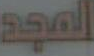
المجد